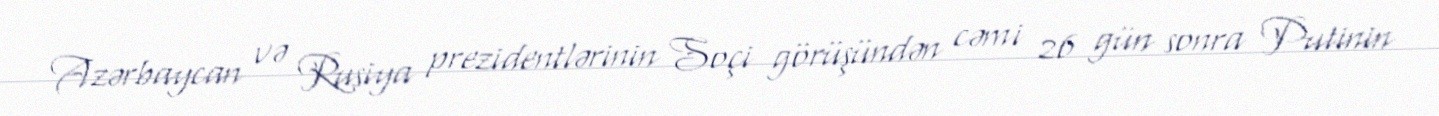
Azərbaycan və Rusiya prezidentlərinin Soçi görüşündən cəmi 26 gün sonra Putinin